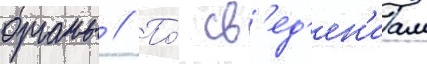
органы // По́ св'ед'ен'иам